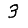
Digit: 3